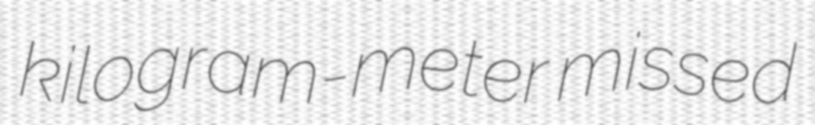
kilogram-meter missed